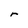
Character: r